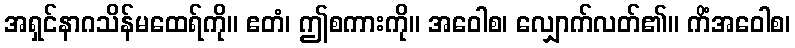
အရှင်နာဂသိန်မထေရ်ကို။ ဧတံ၊ ဤစကားကို။ အဝေါစ၊ လျှောက်လတ်၏။ ကိံအဝေါစ၊